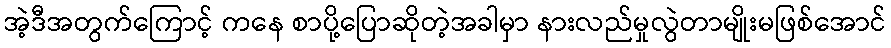
အဲ့ဒီအတွက်ကြောင့် ကနေ စာပို့ပြောဆိုတဲ့အခါမှာ နားလည်မှုလွဲတာမျိုးမဖြစ်အောင်